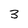
Character: 3